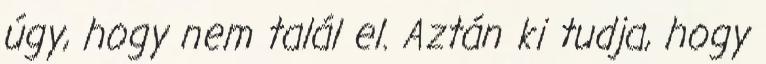
úgy, hogy nem talál el. Aztán ki tudja, hogy